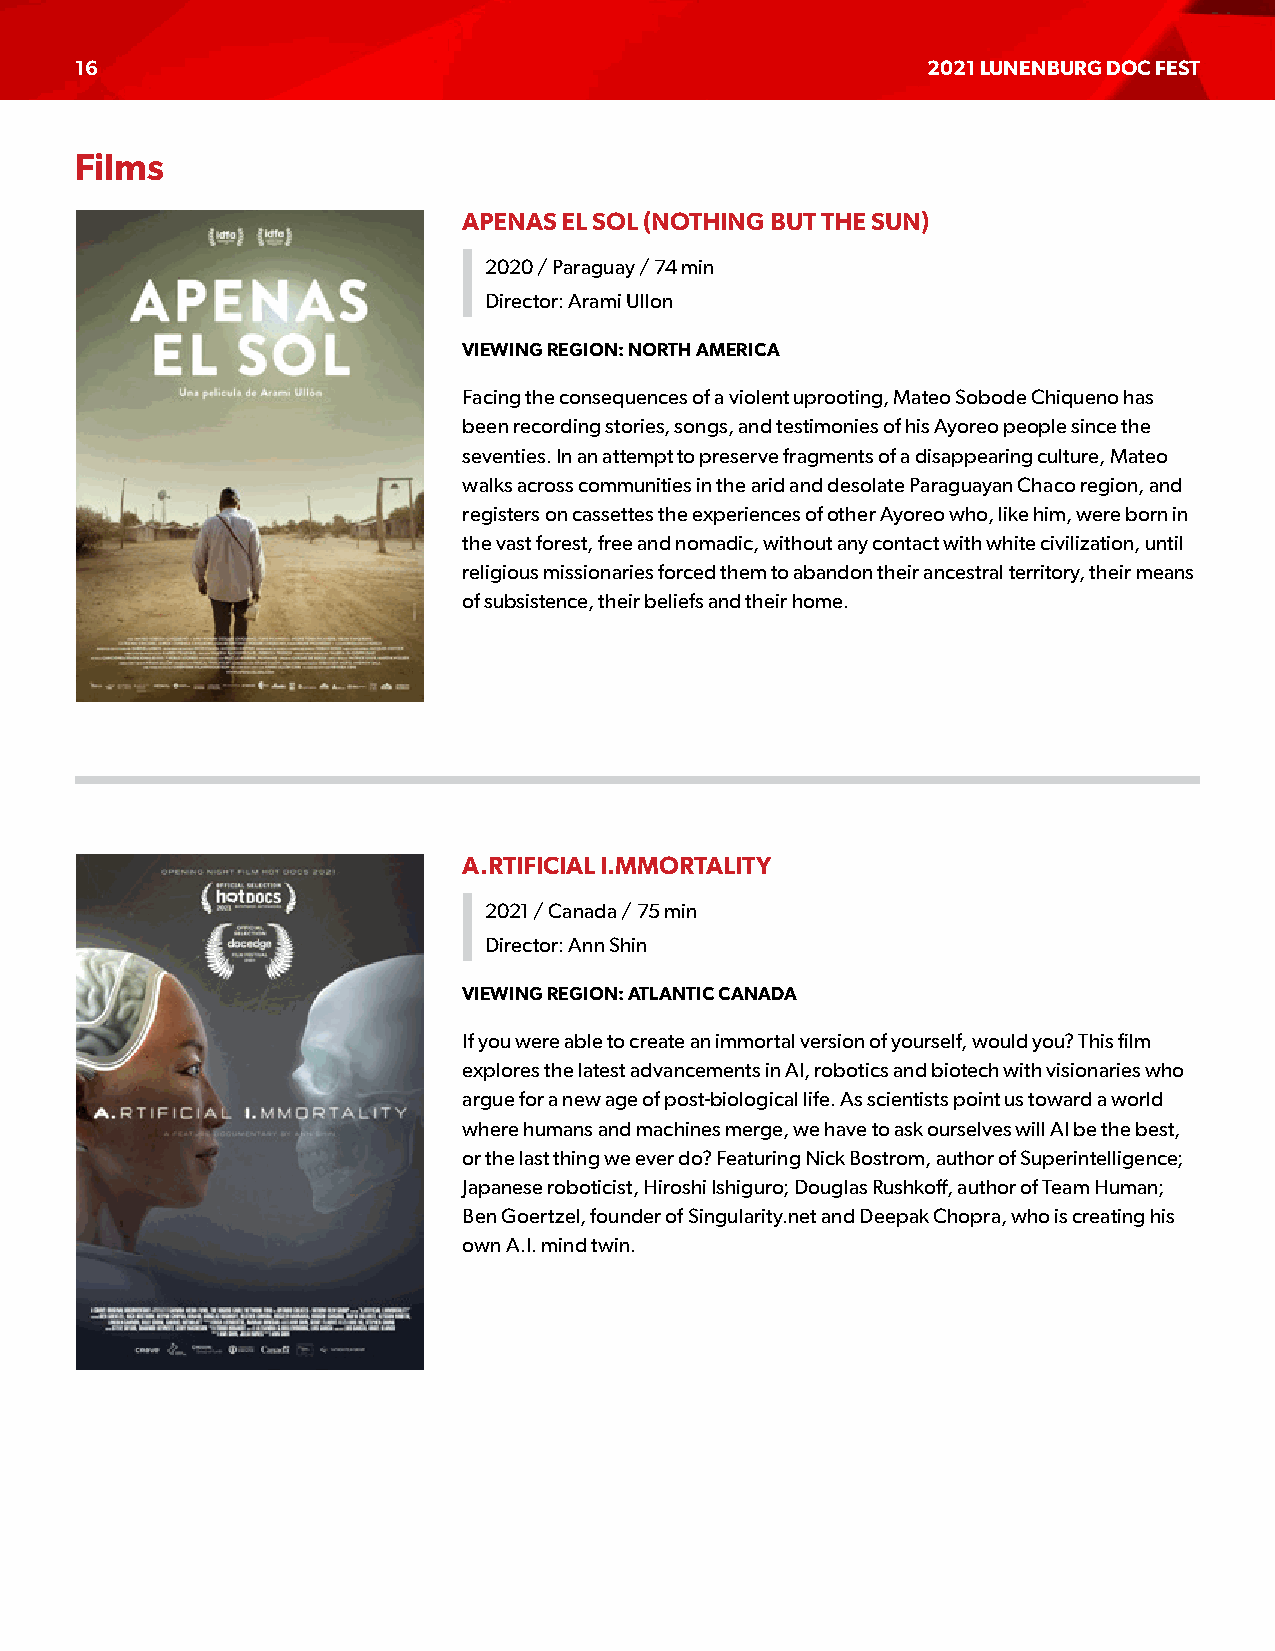
16                                                      2021 LUNENBURG DOC FEST
 Films
 APENAS EL SOL (NOTHING BUT THE SUN)
 2020 / Paraguay / 74 min
 Director: Arami Ullon
 VIEWING REGION: NORTH AMERICA
 Facing the consequences of a violent uprooting, Mateo Sobode Chiqueno has
 been recording stories, songs, and testimonies of his Ayoreo people since the
 seventies. In an attempt to preserve fragments of a disappearing culture, Mateo
 walks across communities in the arid and desolate Paraguayan Chaco region, and
 registers on cassettes the experiences of other Ayoreo who, like him, were born in
 the vast forest, free and nomadic, without any contact with white civilization, until
 religious missionaries forced them to abandon their ancestral territory, their means
 of subsistence, their beliefs and their home.
 A.RTIFICIAL I.MMORTALITY
 2021 / Canada / 75 min
 Director: Ann Shin
 VIEWING REGION: ATLANTIC CANADA
 If you were able to create an immortal version of yourself, would you? This film
 explores the latest advancements in AI, robotics and biotech with visionaries who
 argue for a new age of post-biological life. As scientists point us toward a world
 where humans and machines merge, we have to ask ourselves will AI be the best,
 or the last thing we ever do? Featuring Nick Bostrom, author of Superintelligence;
 Japanese roboticist, Hiroshi Ishiguro; Douglas Rushkoff, author of Team Human;
 Ben Goertzel, founder of Singularity.net and Deepak Chopra, who is creating his
 own A.I. mind twin.